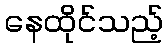
နေထိုင်သည့်